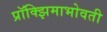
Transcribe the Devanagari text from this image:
प्रॉक्झिमाभोवती